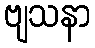
ဗျသနာ